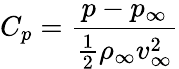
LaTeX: C_{p}=\frac{p-p_{\infty}}{\frac{1}{2}\rho_{\infty}v_{\infty}^{2}}